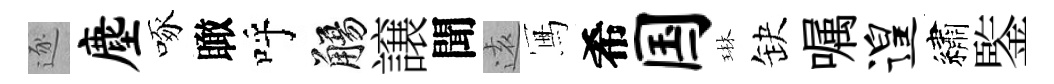
逐麈啄瞰呼觴譲聞逺冩希国琳缺嘱遑繡鍳